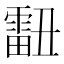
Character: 𰀞